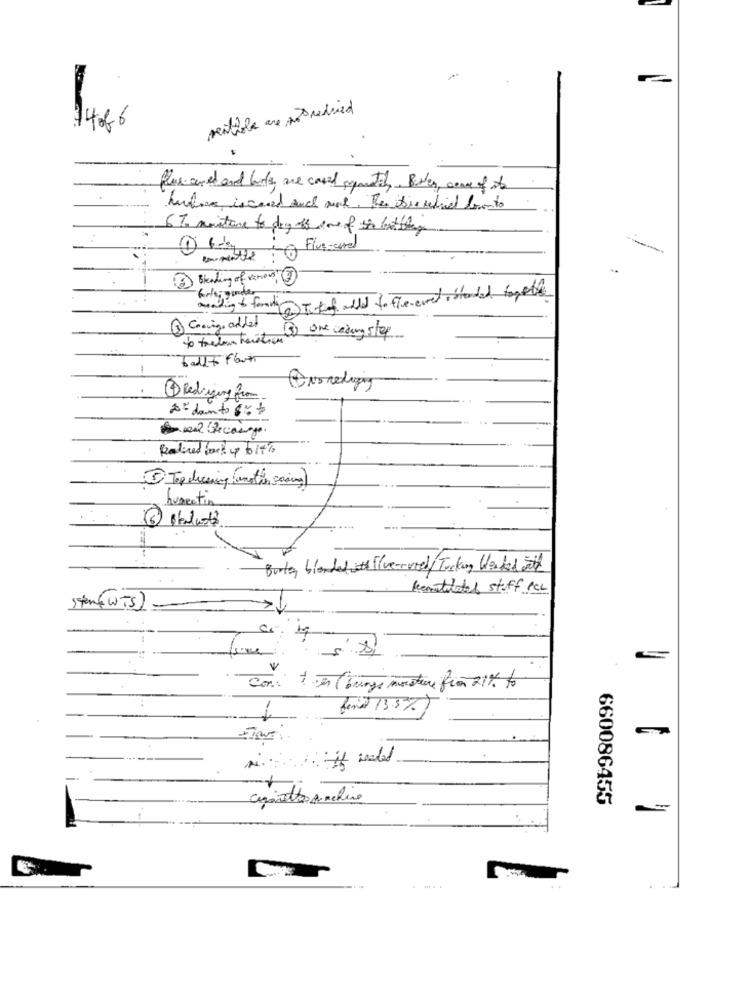
milhole are not reduced
1486
Plus sand and bars, are caused sometil. Bilen, come of to
hundre is card auch and. Then this rediel bounts
6 To montone to day off one of the best they
Five-card
3 Binding of various, 3
mading to forniTi to add to flerevet ostended tonelle
3 Choving added
(3) one wading step
ballt flaut
1Redizing from
A= dants 8% to
Radined beef up to it to
3 Top cheesing anation saving]
humectin
Burke, blended with Five-cured/ Turkey Worked with
kemitilates stoff PCL
sten( WTS)
Con: 1 en lounge moisture from 21% to
..
find 13.5% )
cigarettes archive
660086455